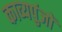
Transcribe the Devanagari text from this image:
काव्यपुंजों